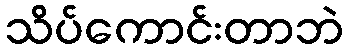
သိပ်ကောင်းတာဘဲ